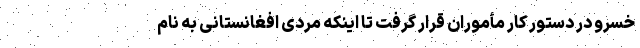
خسرو در دستور کار مأموران قرار گرفت تا اینکه مردی افغانستانی به نام